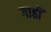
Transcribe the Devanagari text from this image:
गाहीं